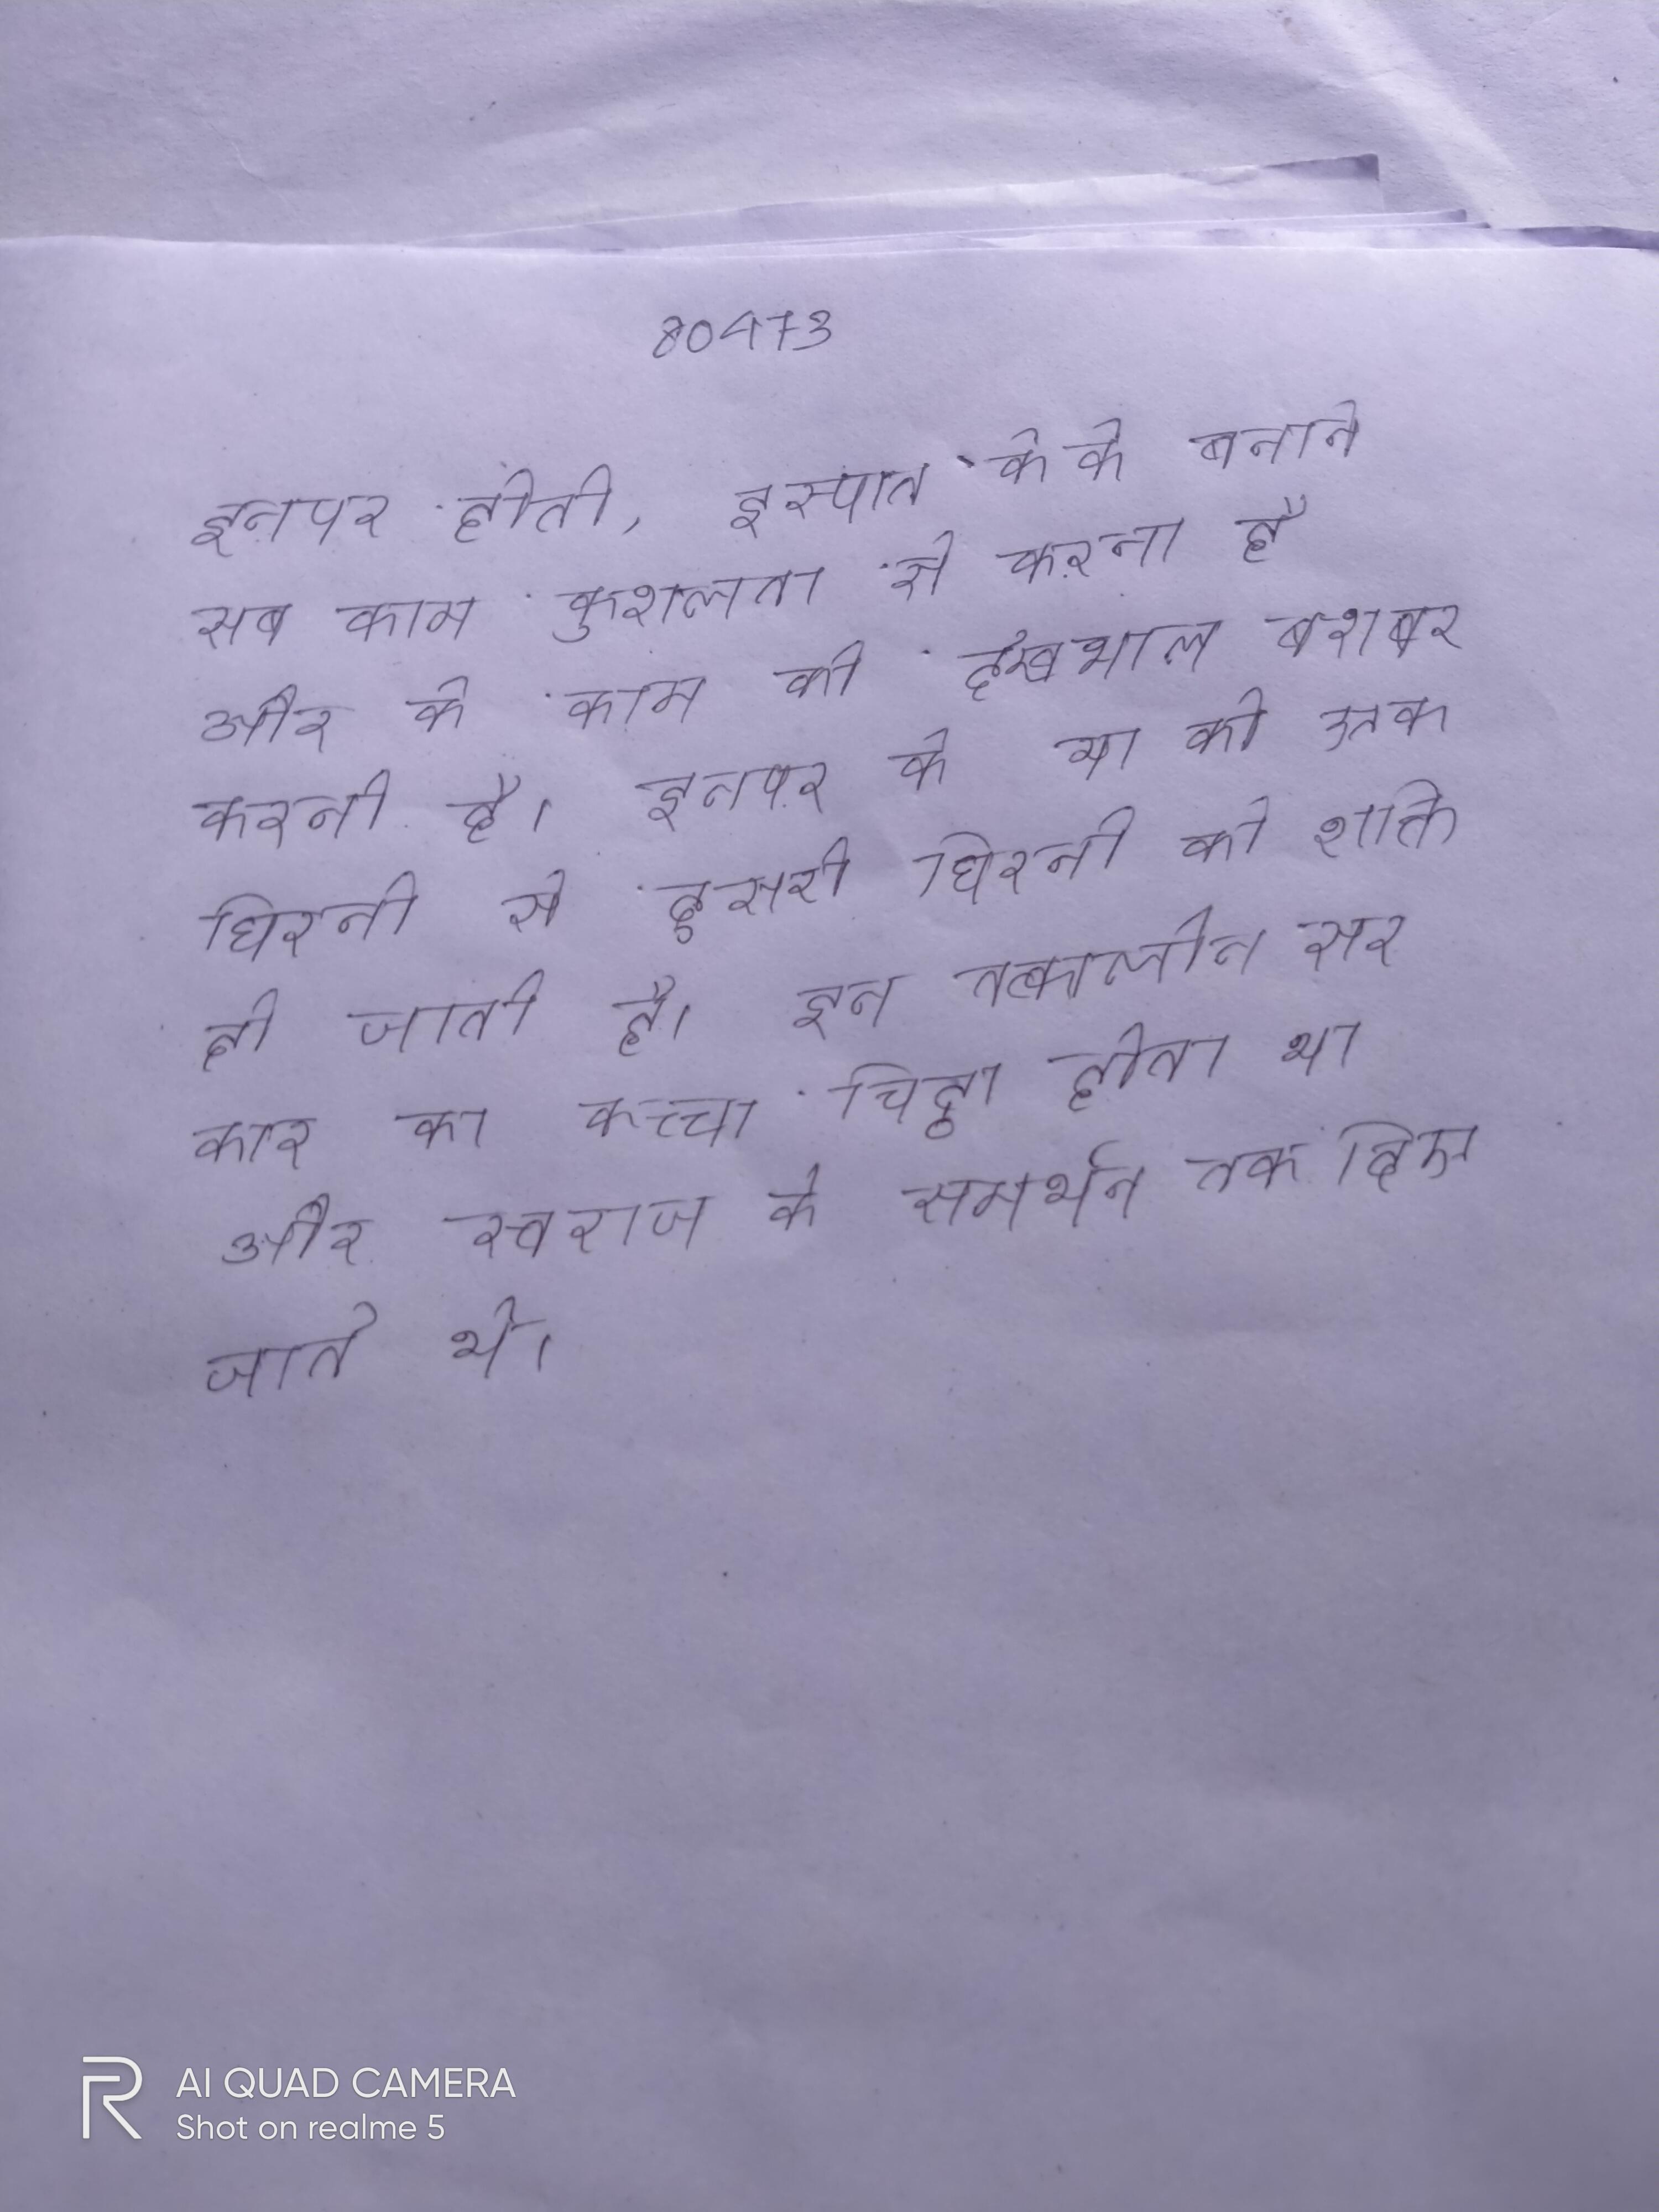
इनपर होती, इस्पात के के बनाने सब काम कुशलता से करना है और के काम की देखभाल बराबर करनी है । इनपर के या को एक घिरनी से दूसरी घिरनी को शक्ति दी जाती है । इन तत्कालीन सरकार का कच्चा चिट्ठा होता था और स्वराज के समर्थन तर्क दिए जाते थे ।